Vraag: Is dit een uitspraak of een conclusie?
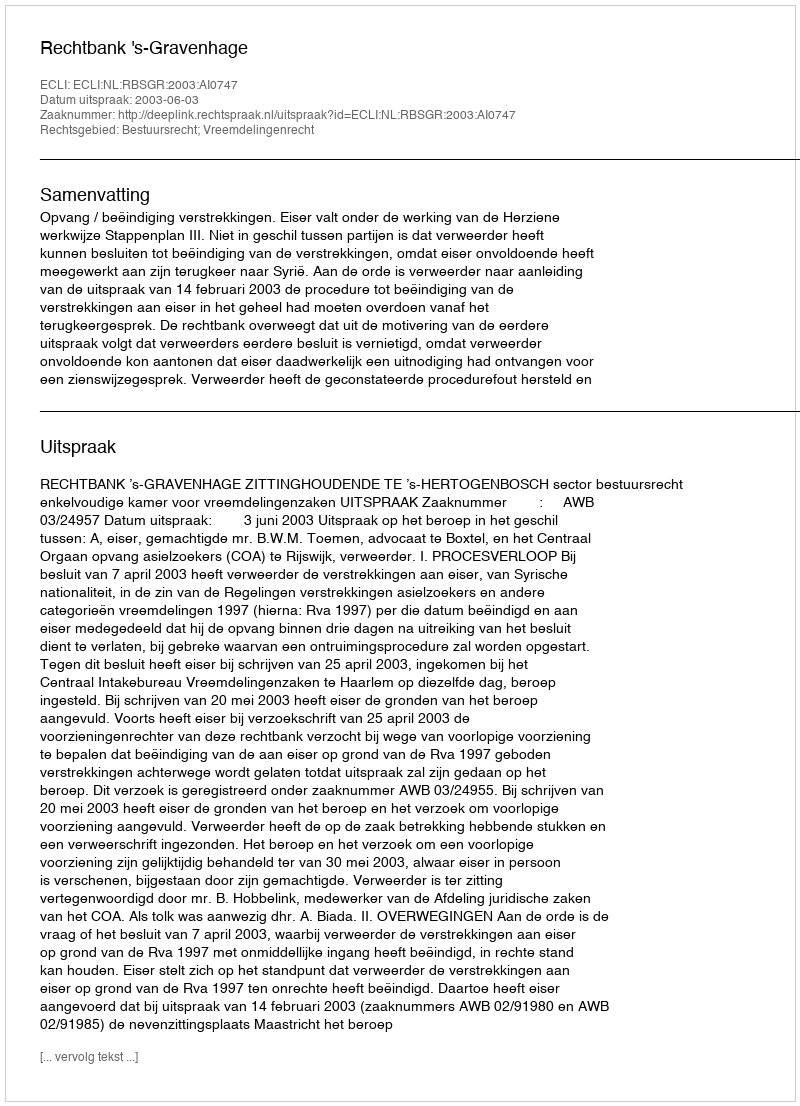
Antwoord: Uitspraak